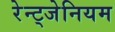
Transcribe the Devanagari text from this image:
रेन्ट्जेनियम